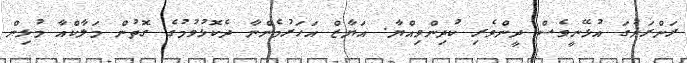
ރަށްރަށުގަ އުޅޭނީވެސް ދީންވެރި ކުދިންވިއްޔާ. އަޔާޒް އަހަރުމެންނާ ދެކޮޅުވުމުގެ ގޮތުން މަލާކްއާ މުޅިން